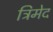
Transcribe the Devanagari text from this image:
त्रिमेद